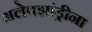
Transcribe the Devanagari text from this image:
अलेक्झांड्रीना